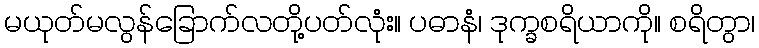
မယုတ်မလွန်ခြောက်လတို့ပတ်လုံး။ ပဓာနံ၊ ဒုက္ခစရိယာကို။ စရိတွာ၊